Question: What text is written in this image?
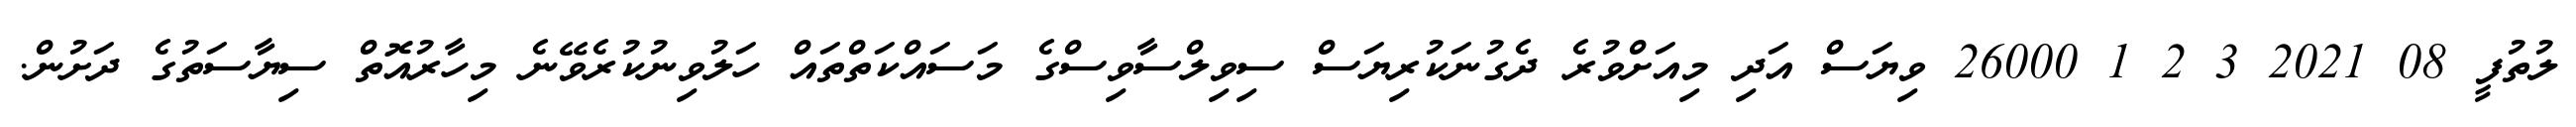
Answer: ލުތުފީ 08 2021 3 2 1 26000 ވިޔަސް އަދި މިއަށްވުރެ ދެގުނަކުރިޔަސް ސިވިލްސާވިސްގެ މަސައްކަތްތައް ހަލުވިނުކުރެވޭނެ މިހާރުއޮތް ސިޔާސަތުގެ ދަށުން.